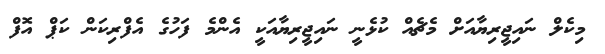
މިކެލް ނައިޖީރިޔާއަށް މެޗެއް ކުޅެނީ ނައިޖީރިޔާއަކީ އެންމެ ފަހުގެ އެފްރިކަން ކަޕް އޮފް